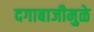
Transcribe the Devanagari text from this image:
दगाबाजीमुळे